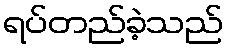
ရပ်တည်ခဲ့သည်